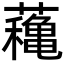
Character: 蘒